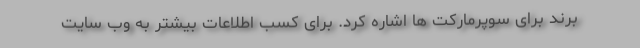
برند برای سوپرمارکت ها اشاره کرد. برای کسب اطلاعات بیشتر به وب سایت